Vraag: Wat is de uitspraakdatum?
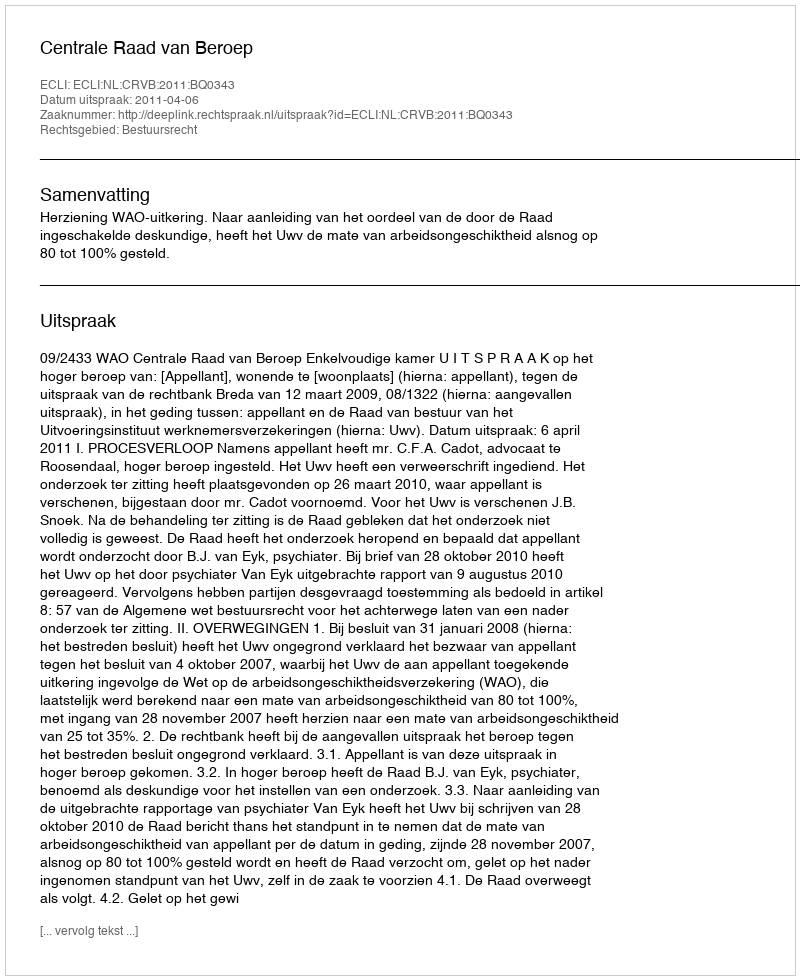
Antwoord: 2011-04-06